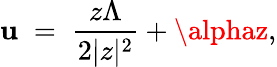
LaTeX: \mathbf{u}\; =\; \frac{{z\Lambda}}{{2|z|^{2}}}+\alphaz,